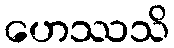
ဟေဿသိ